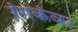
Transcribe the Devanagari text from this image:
रंगकंवर